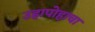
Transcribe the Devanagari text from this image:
उहापोहाचा